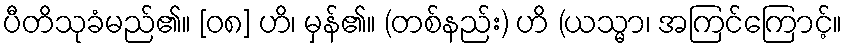
ပီတိသုခံမည်၏။ [၀၈] ဟိ၊ မှန်၏။ (တစ်နည်း) ဟိ (ယသ္မာ၊ အကြင်ကြောင့်။